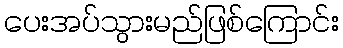
ပေးအပ်သွားမည်ဖြစ်ကြောင်း